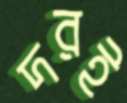
দরই